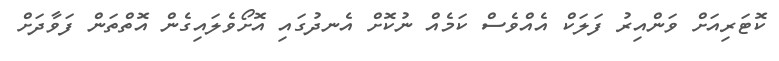
ކޮޓަރިއަށް ވަންއިރު ފަލަކް އެއްވެސް ކަމެއް ނުކޮށް އެނދުގައި އޮށޯވެލައިގެން އޮތްތަން ފަވާދަށް